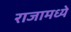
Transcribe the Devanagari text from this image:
राजामध्ये